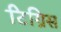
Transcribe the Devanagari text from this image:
टिग्रिस